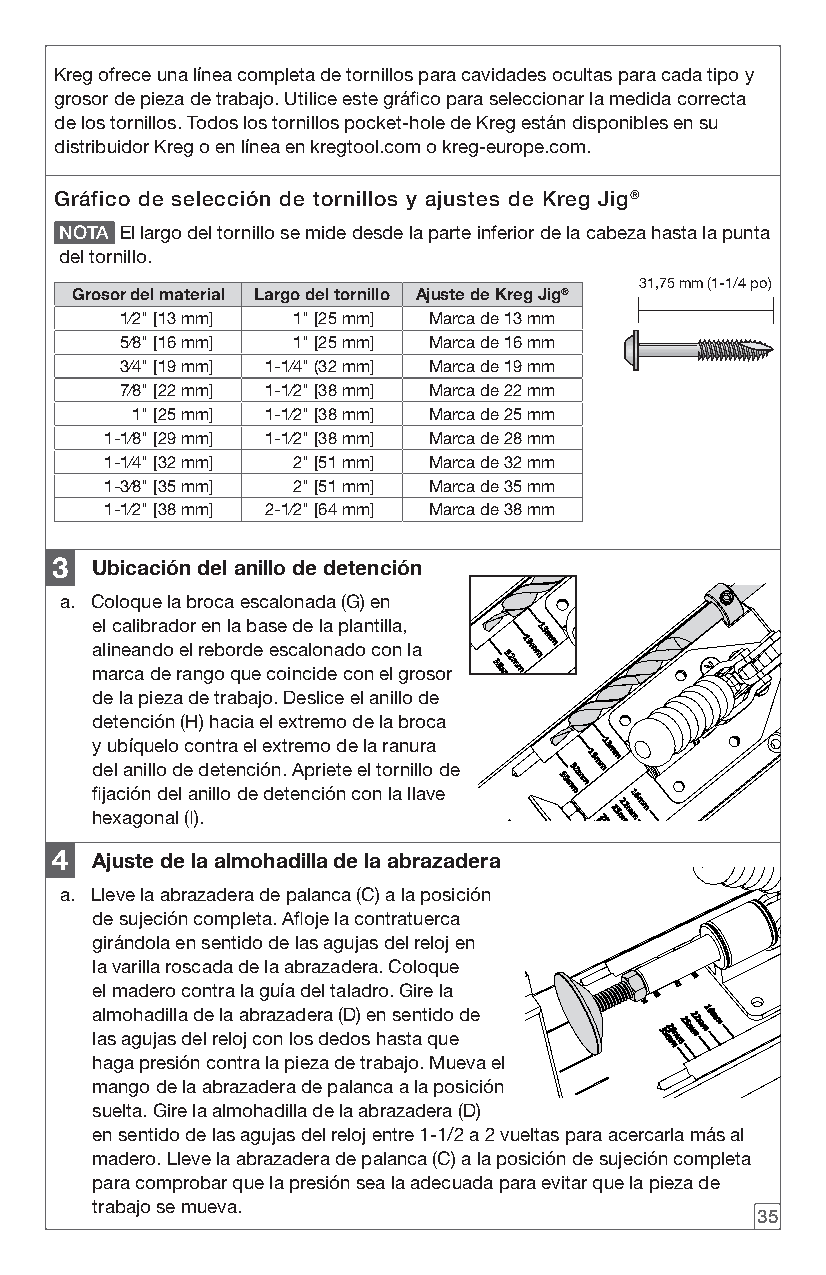
Kreg ofrece una línea completa de tornillos para cavidades ocultas para cada tipo y
 grosor de pieza de trabajo. Utilice este gráfico para seleccionar la medida correcta
 de los tornillos. Todos los tornillos pocket-hole de Kreg están disponibles en su
 distribuidor Kreg o en línea en kregtool.com o kreg-europe.com.
 Gráfico de selección de tornillos y ajustes de Kreg Jig®
 NOTA El largo del tornillo se mide desde la parte inferior de la cabeza hasta la punta
 del tornillo.
 31,75 mm (1-1/4 po)
 Grosor del material Largo del tornillo Ajuste de Kreg Jig®
 1⁄2" [13 mm] 1" [25 mm] Marca de 13 mm
 5⁄8" [16 mm] 1" [25 mm] Marca de 16 mm
 3⁄4" [19 mm] 1-1⁄4" (32 mm] Marca de 19 mm
 7⁄8" [22 mm] 1-1⁄2" [38 mm] Marca de 22 mm
 1" [25 mm] 1-1⁄2" [38 mm] Marca de 25 mm
 1-1⁄8" [29 mm] 1-1⁄2" [38 mm] Marca de 28 mm
 1-1⁄4" [32 mm] 2" [51 mm] Marca de 32 mm
 1-3⁄8" [35 mm] 2" [51 mm] Marca de 35 mm
 1-1⁄2" [38 mm] 2-1⁄2" [64 mm] Marca de 38 mm
 3  Ubicación del anillo de detención
 a. Coloque la broca escalonada (G) en
 el calibrador en la base de la plantilla,
 alineando el reborde escalonado con la
 marca de rango que coincide con el grosor
 de la pieza de trabajo. Deslice el anillo de
 detención (H) hacia el extremo de la broca
 y ubíquelo contra el extremo de la ranura
 del anillo de detención. Apriete el tornillo de
 fijación del anillo de detención con la llave
 hexagonal (I).
 4  Ajuste de la almohadilla de la abrazadera
 a. Lleve la abrazadera de palanca (C) a la posición
 de sujeción completa. Afloje la contratuerca
 girándola en sentido de las agujas del reloj en
 la varilla roscada de la abrazadera. Coloque
 el madero contra la guía del taladro. Gire la
 almohadilla de la abrazadera (D) en sentido de
 las agujas del reloj con los dedos hasta que
 haga presión contra la pieza de trabajo. Mueva el
 mango de la abrazadera de palanca a la posición
 suelta. Gire la almohadilla de la abrazadera (D)
 en sentido de las agujas del reloj entre 1-1/2 a 2 vueltas para acercarla más al
 madero. Lleve la abrazadera de palanca (C) a la posición de sujeción completa
 para comprobar que la presión sea la adecuada para evitar que la pieza de
 trabajo se mueva.
 35